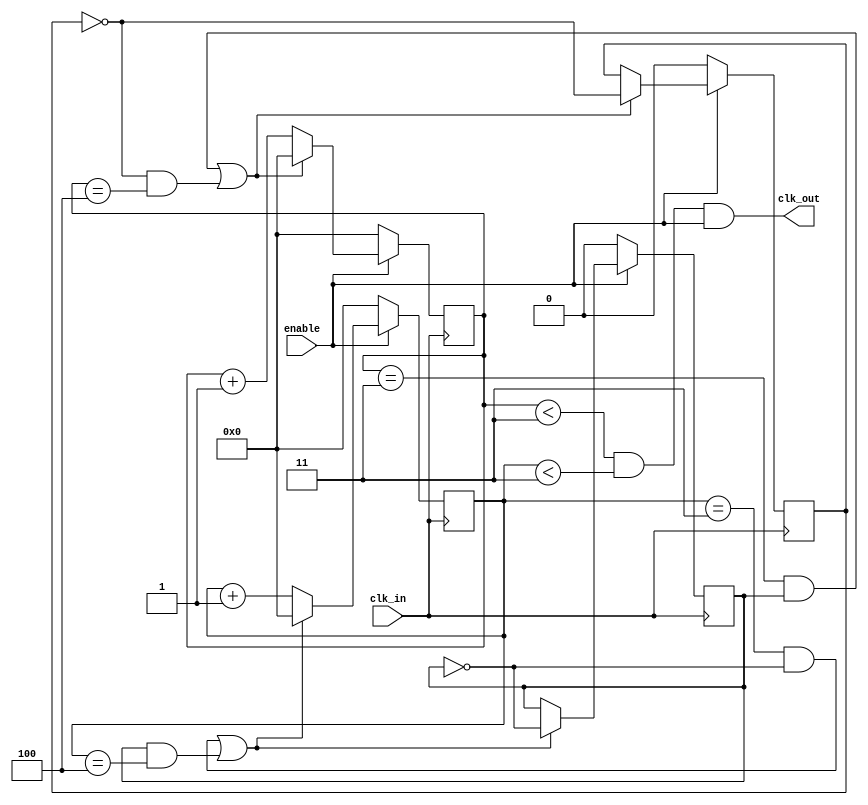
module clk_div_45 (
clk_in, // Input Clock
enable, // Enable is sync with falling edge of clk_in
clk_out // Output Clock
);

// --------------Port Declaration-----------------------
input      clk_in     ;
input      enable     ;
output     clk_out    ;

//--------------Port data type declaration-------------
wire       clk_in     ;
wire       enable     ;
wire       clk_out    ;

//--------------Internal Registers----------------------
reg   [3:0] counter1   ;
reg   [3:0] counter2   ;
reg         toggle1    ;
reg         toggle2    ;

//--------------Code Starts Here-----------------------
always @ (posedge clk_in)
if (enable == 1'b0) begin 
   counter1 <= 4'b0;
   toggle1  <= 0;
end else if ((counter1 == 3 && toggle2) || (~toggle1 && counter1 == 4))  begin
   counter1 <= 4'b0;
   toggle1  <= ~toggle1;
end else   begin
   counter1 <= counter1 + 1;
end
   
always @ (negedge clk_in)
if (enable == 1'b0) begin
  counter2 <= 4'b0;
  toggle2  <= 0;
end else if ((counter2 == 3 && ~toggle2) || (toggle2 && counter2 == 4))  begin
  counter2 <= 4'b0;
  toggle2  <= ~toggle2;
end  else   begin
  counter2 <= counter2 + 1;
end

assign  clk_out = (counter1 <3 && counter2 < 3) & enable;

endmodule